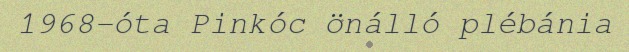
1968-óta Pinkóc önálló plébánia